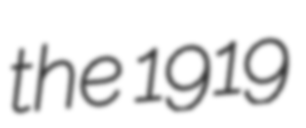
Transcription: the 1919